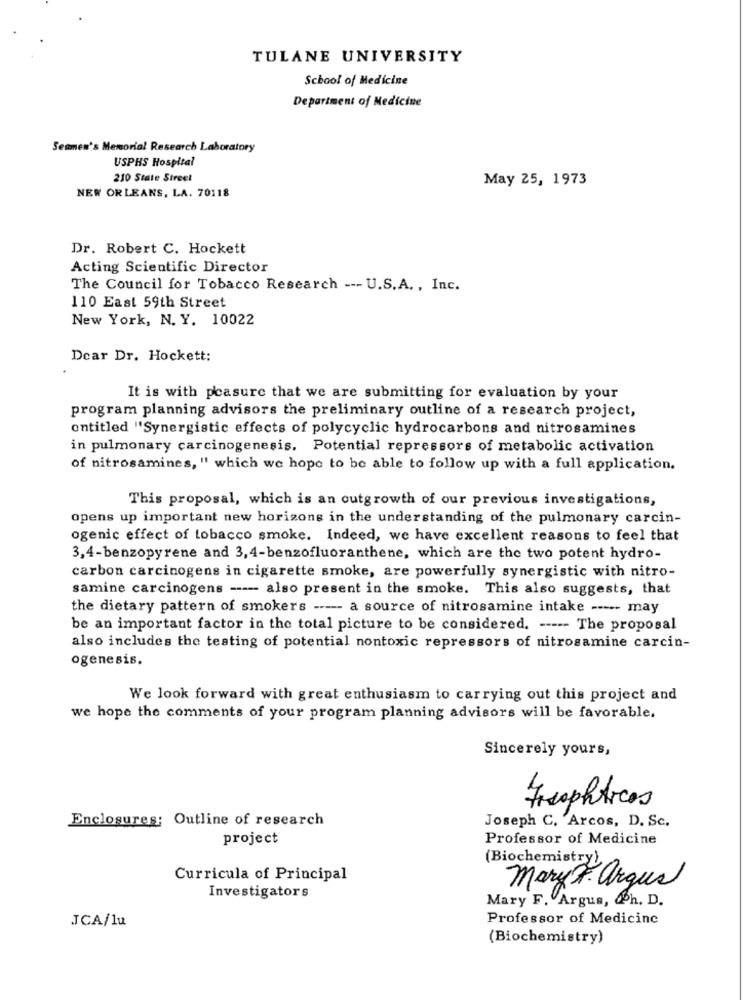
TULANE UNIVERSITY
School of Medicine
Department of Medicine
Segmen's Memorial Research Laboratory
USPHS Hospital
210 State Street
May 25, 1973
NEW ORLEANS, LA. 70118
Dr. Robert C. Hockett
Acting Scientific Director
The Council for Tobacco Research --- U.S.A. , Inc.
110 East 59th Street
New York, N. Y. 10022
Dear Dr. Hockett:
It is with pcasure that we are submitting for evaluation by your
program planning advisors the preliminary outline of a research project,
entitled "Synergistic effects of polycyclic hydrocarbons and nitrosamines
in pulmonary carcinogenesis. Potential repressors of metabolic activation
of nitrosamines, " which we hope to be able to follow up with a full application.
This proposal, which is an outgrowth of our previous investigations,
opens up important new horizons in the understanding of the pulmonary carcin-
ogenic effect of tobacco smoke. Indeed, we have excellent reasons to feel that
3,4-benzopyrene and 3,4-benzofluoranthene, which are the two potent hydro-
carbon carcinogens in cigarette smoke, are powerfully synergistic with nitro-
samine carcinogens ---- also present in the smoke. This also suggests, that
the dietary pattern of smokers ----- a source of nitrosamine intake ----- may
be an important factor in the total picture to be considered. ----- The proposal
also includes the testing of potential nontoxic repressors of nitrosamine carcin-
ogenesis.
We look forward with great enthusiasm to carrying out this project and
we hope the comments of your program planning advisors will be favorable.
Sincerely yours,
Freophticos
Enclosures: Outline of research
Joseph C. Arcos, D. Sc.
project
Professor of Medicine
(Biochemistry),
Curricula of Principal
Mary F. argus
Investigators
Mary F. Argus, Qh. D.
Professor of Medicine
.JCA/lu
(Biochemistry)